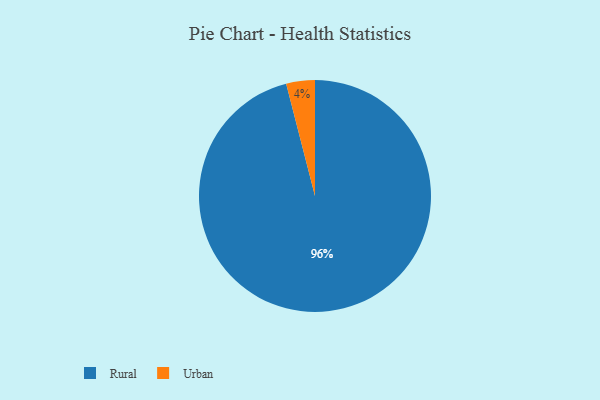
{"axis": {"x": "Category", "y": "Percentage"}, "legend": ["Rural", "Urban"], "data": [{"x": "Rural", "y": 96, "type": "Rural"}, {"x": "Urban", "y": 4, "type": "Urban"}]}